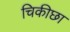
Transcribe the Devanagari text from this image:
चिकीछा